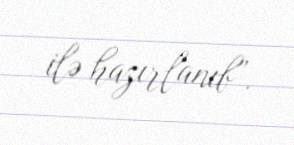
ilə hazırlanıb”.